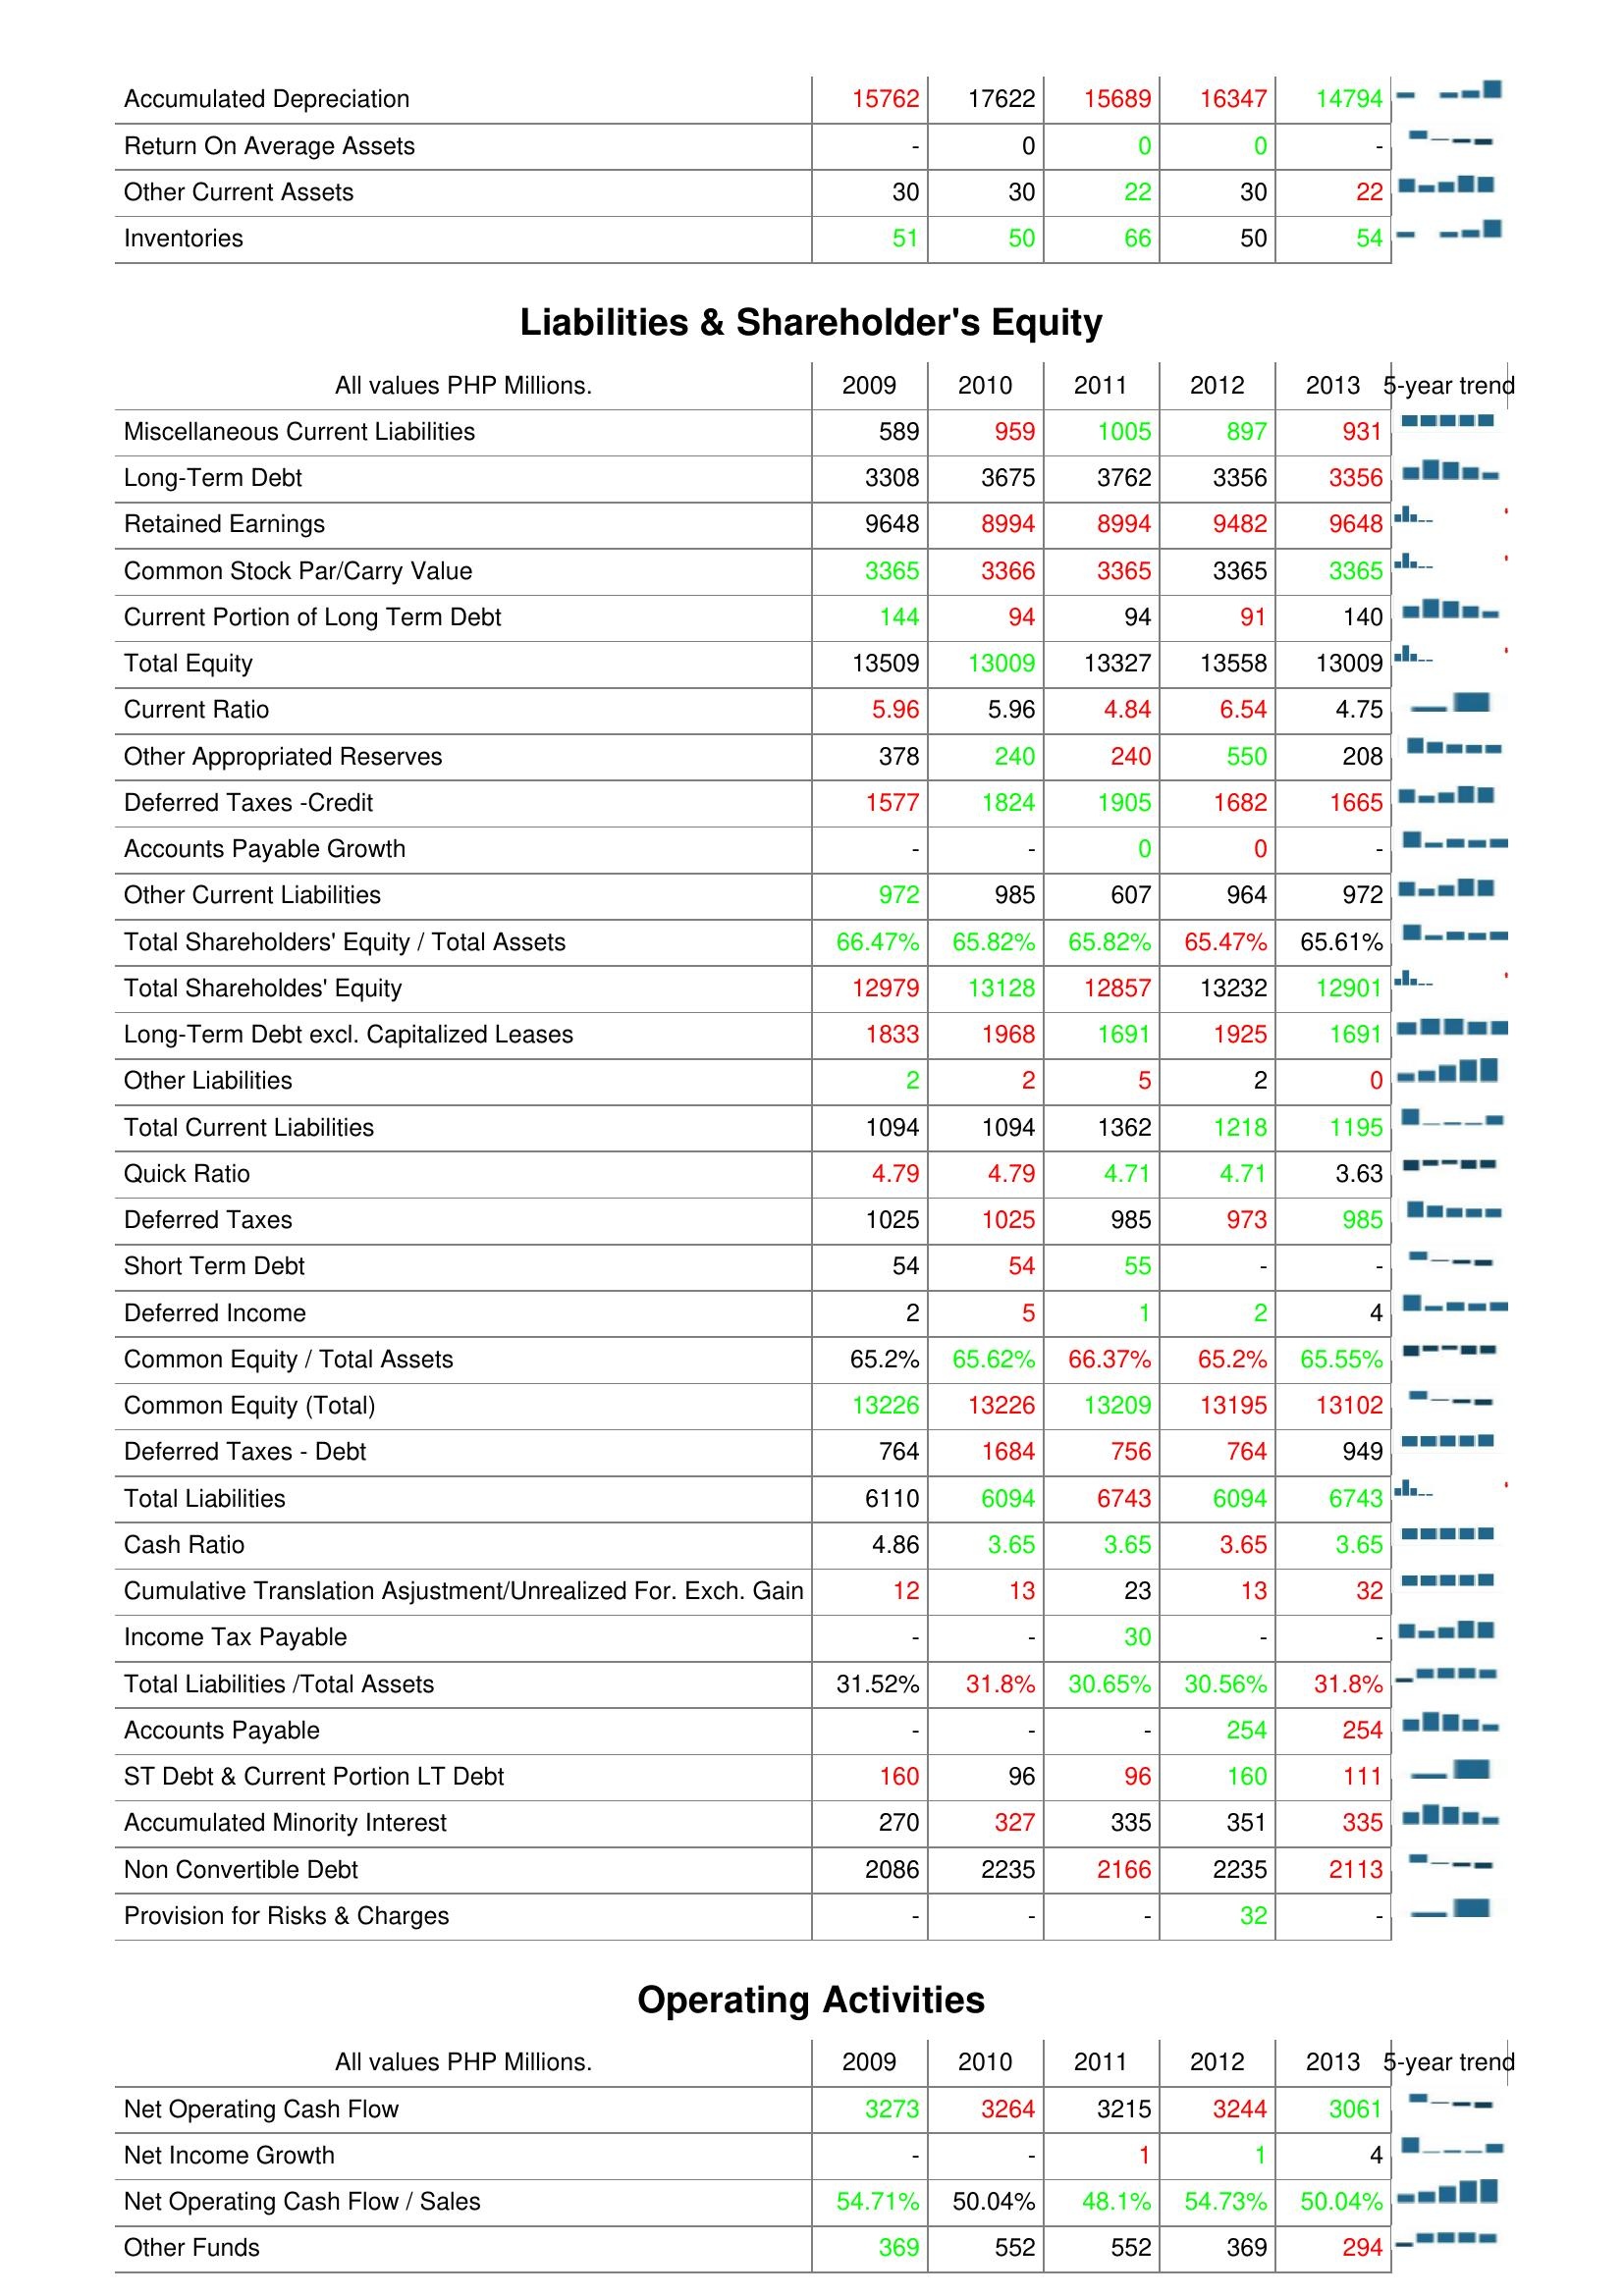
2009: Assets: Accumulated Depreciation: 15762
Return On Average Assets: -
Other Current Assets: 30
Inventories: 51
Liabilities & Shareholder's Equity: Miscellaneous Current Liabilities: 589
Long-Term Debt: 3308
Retained Earnings: 9648
Common Stock Par/Carry Value: 3365
Current Portion of Long Term Debt: 144
Total Equity: 13509
Current Ratio: 5.96
Other Appropriated Reserves: 378
Deferred Taxes -Credit: 1577
Accounts Payable Growth: -
Other Current Liabilities: 972
Total Shareholders' Equity / Total Assets: 66.47%
Total Shareholdes' Equity: 12979
Long-Term Debt excl. Capitalized Leases: 1833
Other Liabilities: 2
Total Current Liabilities: 1094
Quick Ratio: 4.79
Deferred Taxes: 1025
Short Term Debt: 54
Deferred Income: 2
Common Equity / Total Assets: 65.2%
Common Equity (Total): 13226
Deferred Taxes - Debt: 764
Total Liabilities: 6110
Cash Ratio: 4.86
Cumulative Translation Asjustment/Unrealized For. Exch. Gain: 12
Income Tax Payable: -
Total Liabilities /Total Assets: 31.52%
Accounts Payable: -
ST Debt & Current Portion LT Debt: 160
Accumulated Minority Interest: 270
Non Convertible Debt: 2086
Provision for Risks & Charges: -
Operating Activities: Net Operating Cash Flow: 3273
Net Income Growth: -
Net Operating Cash Flow / Sales: 54.71%
Other Funds: 369
2010: Assets: Accumulated Depreciation: 17622
Return On Average Assets: 0
Other Current Assets: 30
Inventories: 50
Liabilities & Shareholder's Equity: Miscellaneous Current Liabilities: 959
Long-Term Debt: 3675
Retained Earnings: 8994
Common Stock Par/Carry Value: 3366
Current Portion of Long Term Debt: 94
Total Equity: 13009
Current Ratio: 5.96
Other Appropriated Reserves: 240
Deferred Taxes -Credit: 1824
Accounts Payable Growth: -
Other Current Liabilities: 985
Total Shareholders' Equity / Total Assets: 65.82%
Total Shareholdes' Equity: 13128
Long-Term Debt excl. Capitalized Leases: 1968
Other Liabilities: 2
Total Current Liabilities: 1094
Quick Ratio: 4.79
Deferred Taxes: 1025
Short Term Debt: 54
Deferred Income: 5
Common Equity / Total Assets: 65.62%
Common Equity (Total): 13226
Deferred Taxes - Debt: 1684
Total Liabilities: 6094
Cash Ratio: 3.65
Cumulative Translation Asjustment/Unrealized For. Exch. Gain: 13
Income Tax Payable: -
Total Liabilities /Total Assets: 31.8%
Accounts Payable: -
ST Debt & Current Portion LT Debt: 96
Accumulated Minority Interest: 327
Non Convertible Debt: 2235
Provision for Risks & Charges: -
Operating Activities: Net Operating Cash Flow: 3264
Net Income Growth: -
Net Operating Cash Flow / Sales: 50.04%
Other Funds: 552
2011: Assets: Accumulated Depreciation: 15689
Return On Average Assets: 0
Other Current Assets: 22
Inventories: 66
Liabilities & Shareholder's Equity: Miscellaneous Current Liabilities: 1005
Long-Term Debt: 3762
Retained Earnings: 8994
Common Stock Par/Carry Value: 3365
Current Portion of Long Term Debt: 94
Total Equity: 13327
Current Ratio: 4.84
Other Appropriated Reserves: 240
Deferred Taxes -Credit: 1905
Accounts Payable Growth: 0
Other Current Liabilities: 607
Total Shareholders' Equity / Total Assets: 65.82%
Total Shareholdes' Equity: 12857
Long-Term Debt excl. Capitalized Leases: 1691
Other Liabilities: 5
Total Current Liabilities: 1362
Quick Ratio: 4.71
Deferred Taxes: 985
Short Term Debt: 55
Deferred Income: 1
Common Equity / Total Assets: 66.37%
Common Equity (Total): 13209
Deferred Taxes - Debt: 756
Total Liabilities: 6743
Cash Ratio: 3.65
Cumulative Translation Asjustment/Unrealized For. Exch. Gain: 23
Income Tax Payable: 30
Total Liabilities /Total Assets: 30.65%
Accounts Payable: -
ST Debt & Current Portion LT Debt: 96
Accumulated Minority Interest: 335
Non Convertible Debt: 2166
Provision for Risks & Charges: -
Operating Activities: Net Operating Cash Flow: 3215
Net Income Growth: 1
Net Operating Cash Flow / Sales: 48.1%
Other Funds: 552
2012: Assets: Accumulated Depreciation: 16347
Return On Average Assets: 0
Other Current Assets: 30
Inventories: 50
Liabilities & Shareholder's Equity: Miscellaneous Current Liabilities: 897
Long-Term Debt: 3356
Retained Earnings: 9482
Common Stock Par/Carry Value: 3365
Current Portion of Long Term Debt: 91
Total Equity: 13558
Current Ratio: 6.54
Other Appropriated Reserves: 550
Deferred Taxes -Credit: 1682
Accounts Payable Growth: 0
Other Current Liabilities: 964
Total Shareholders' Equity / Total Assets: 65.47%
Total Shareholdes' Equity: 13232
Long-Term Debt excl. Capitalized Leases: 1925
Other Liabilities: 2
Total Current Liabilities: 1218
Quick Ratio: 4.71
Deferred Taxes: 973
Short Term Debt: -
Deferred Income: 2
Common Equity / Total Assets: 65.2%
Common Equity (Total): 13195
Deferred Taxes - Debt: 764
Total Liabilities: 6094
Cash Ratio: 3.65
Cumulative Translation Asjustment/Unrealized For. Exch. Gain: 13
Income Tax Payable: -
Total Liabilities /Total Assets: 30.56%
Accounts Payable: 254
ST Debt & Current Portion LT Debt: 160
Accumulated Minority Interest: 351
Non Convertible Debt: 2235
Provision for Risks & Charges: 32
Operating Activities: Net Operating Cash Flow: 3244
Net Income Growth: 1
Net Operating Cash Flow / Sales: 54.73%
Other Funds: 369
2013: Assets: Accumulated Depreciation: 14794
Return On Average Assets: -
Other Current Assets: 22
Inventories: 54
Liabilities & Shareholder's Equity: Miscellaneous Current Liabilities: 931
Long-Term Debt: 3356
Retained Earnings: 9648
Common Stock Par/Carry Value: 3365
Current Portion of Long Term Debt: 140
Total Equity: 13009
Current Ratio: 4.75
Other Appropriated Reserves: 208
Deferred Taxes -Credit: 1665
Accounts Payable Growth: -
Other Current Liabilities: 972
Total Shareholders' Equity / Total Assets: 65.61%
Total Shareholdes' Equity: 12901
Long-Term Debt excl. Capitalized Leases: 1691
Other Liabilities: 0
Total Current Liabilities: 1195
Quick Ratio: 3.63
Deferred Taxes: 985
Short Term Debt: -
Deferred Income: 4
Common Equity / Total Assets: 65.55%
Common Equity (Total): 13102
Deferred Taxes - Debt: 949
Total Liabilities: 6743
Cash Ratio: 3.65
Cumulative Translation Asjustment/Unrealized For. Exch. Gain: 32
Income Tax Payable: -
Total Liabilities /Total Assets: 31.8%
Accounts Payable: 254
ST Debt & Current Portion LT Debt: 111
Accumulated Minority Interest: 335
Non Convertible Debt: 2113
Provision for Risks & Charges: -
Operating Activities: Net Operating Cash Flow: 3061
Net Income Growth: 4
Net Operating Cash Flow / Sales: 50.04%
Other Funds: 294